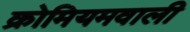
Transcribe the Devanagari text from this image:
क्रोमियमवाली